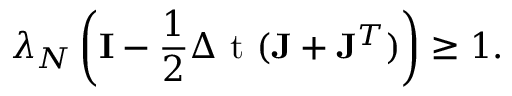
\lambda _ { \ensuremath { N } } \left( { \mathbf { I } } - \frac { 1 } { 2 } \ensuremath { \Delta \mathrm { ~ t ~ } } ( \ensuremath { \mathbf { J } } + \ensuremath { \mathbf { J } } ^ { T } ) \right) \geq 1 .